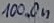
Text: 100.0n